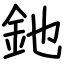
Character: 釶